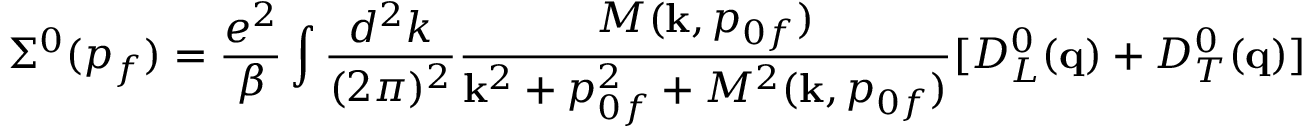
\Sigma ^ { 0 } ( p _ { f } ) = { \frac { e ^ { 2 } } { \beta } } \int { \frac { d ^ { 2 } k } { ( 2 \pi ) ^ { 2 } } } { \frac { { \cal M } ( { \bf k } , p _ { 0 f } ) } { { \bf k } ^ { 2 } + p _ { 0 f } ^ { 2 } + { \cal M } ^ { 2 } ( { \bf k } , p _ { 0 f } ) } } [ D _ { L } ^ { 0 } ( { \bf q } ) + D _ { T } ^ { 0 } ( { \bf q } ) ]